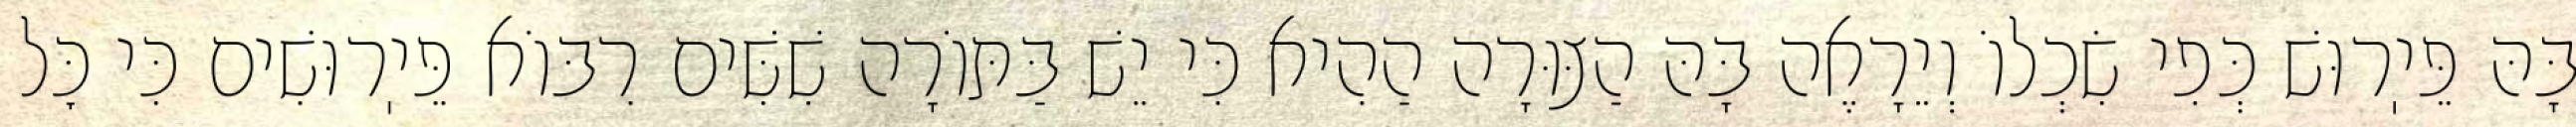
בָּהּ פֵּיֽרוּשׁ כְּפִי שִׂכְלוֹ וְיֵרָאֶה בָּהּ הַצּוּרָה הַהִיא כִּי יֵשׁ בַּתּוֹרָה שִׁשִּׁים רִבּוֹא פֵּיֽרוּשִׁים כִּי כׇּל